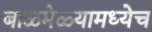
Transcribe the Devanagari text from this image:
बाळमेळ्यामध्येच